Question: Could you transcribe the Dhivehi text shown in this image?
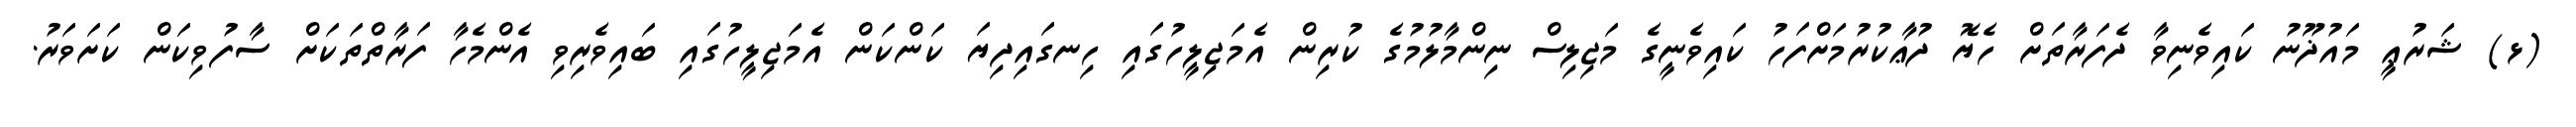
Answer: (ޅ) ޝަރުޢީ މައުޛޫނު ކައިވެނިވާ ދެފަރާތަށް ހެޔޮ ދުޢާކުރުމަށްފަހު ކައިވެނީގެ މަޖިލިސް ނިންމާލުމުގެ ކުރިން އެމަޖިލީހުގައި ހިނގައިދިޔަ ކަންކަން އެމަޖިލީހުގައި ބައިވެރިވި އެންމެހާ ފަރާތްތަކަށް ސާފުވިކަން ކަށަވަރު.